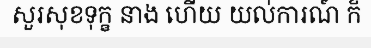
សួរសុខទុក្ខ នាង ហើយ យល់ការណ៍ ក៏